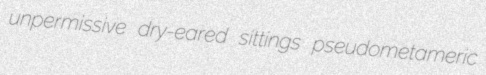
unpermissive dry-eared sittings pseudometameric